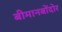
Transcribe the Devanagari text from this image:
बीमानबोंदोर